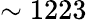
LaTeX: \sim 1223